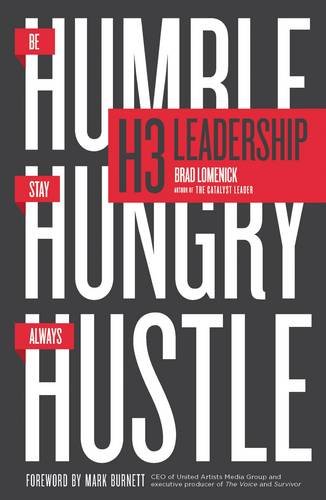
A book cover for H3 Leadership: Be Humble. Stay Hungry. Always Hustle.; Brad Lomenick; Business & Money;